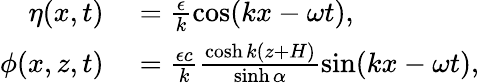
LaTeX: \begin{array}{rl}{\eta(x,t)}&{{}=\frac{\epsilon}{k}\cos(kx-\omega t),}\\ {\phi(x,z,t)}&{{}=\frac{\epsilon c}{k}\frac{\cosh k(z+H)}{\sinh\alpha}\sin(kx-\omega t),}\end{array}